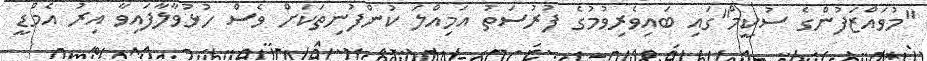
"މުވައްޒަފުންގެ ސުކީމް"ގައި ބައިވެރިވުމުގެ ފުރުސަތު އަމިއްލަ ކުންފުނިތަކަށް ވެސް ހުޅުވާލާފައިވާ އިރު އެމްޑީ